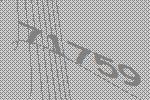
71759